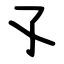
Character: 孓